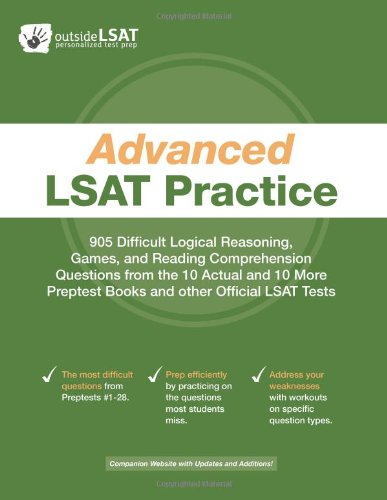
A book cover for Advanced LSAT Practice: 905 Difficult Logical Reasoning, Games, and Reading Comprehension Questions from the 10 Actual and 10 More Preptest Books and other Official LSAT Tests; Outside LSAT; Test Preparation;